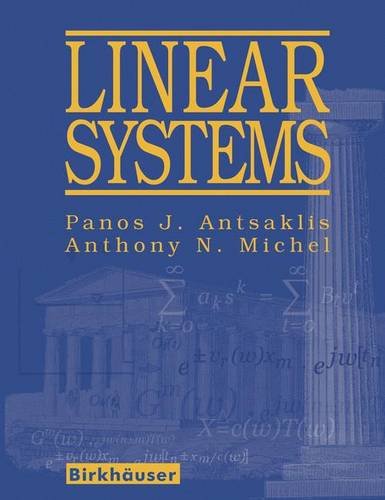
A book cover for Linear Systems; Panos J Antsaklis; Science & Math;